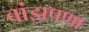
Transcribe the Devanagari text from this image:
वांझपणा